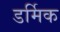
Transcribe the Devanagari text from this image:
डर्मिक